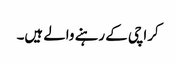
کراچی کے رہنے والے ہیں۔